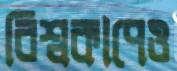
বিশ্বকাপেও